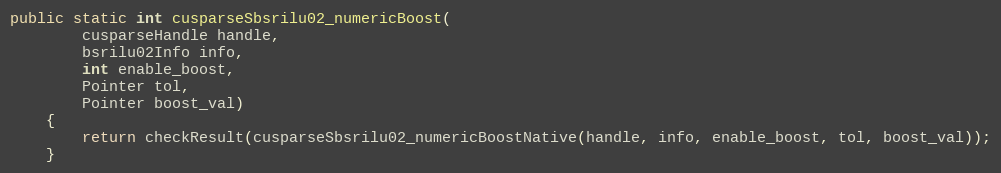
Language: Java
public static int cusparseSbsrilu02_numericBoost(
        cusparseHandle handle,
        bsrilu02Info info,
        int enable_boost,
        Pointer tol,
        Pointer boost_val)
    {
        return checkResult(cusparseSbsrilu02_numericBoostNative(handle, info, enable_boost, tol, boost_val));
    }